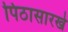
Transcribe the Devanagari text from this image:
पिठासारखे